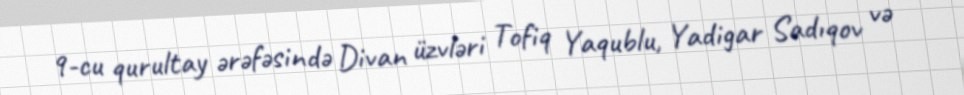
9-cu qurultay ərəfəsində Divan üzvləri Tofiq Yaqublu, Yadigar Sadıqov və